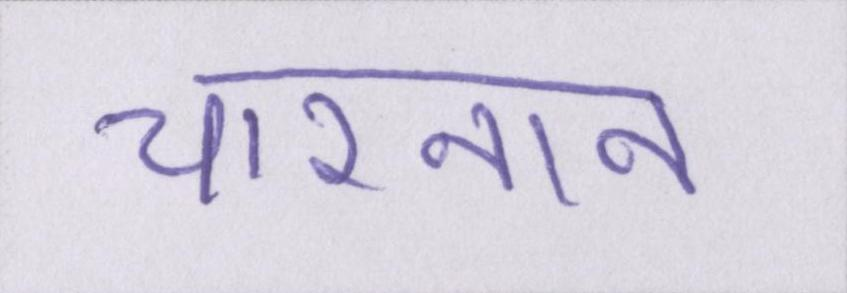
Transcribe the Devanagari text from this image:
चारनान